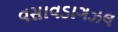
વસાવડાગઝલ